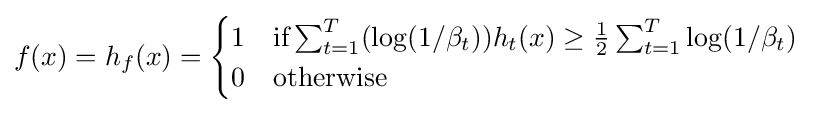
f(x)=h_{f}(x)={\begin{cases}1&{\text{if}}\sum _{t=1}^{T}(\log(1/\beta _{t}))h_{t}(x)\geq {\frac {1}{2}}\sum _{t=1}^{T}\log(1/\beta _{t})\\0&{\text{otherwise}}\end{cases}}